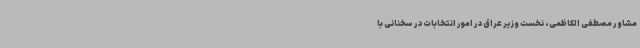
مشاور مصطفی الکاظمی، نخست وزیر عراق در امور انتخابات در سخنانی با